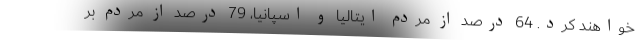
خواهند کرد. 64 درصد از مردم ایتالیا و اسپانیا، 79 درصد از مردم بر